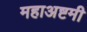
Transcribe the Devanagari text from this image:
महाअष्टमी